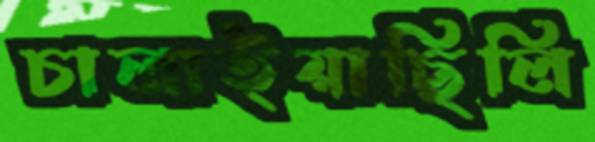
চালাইয়াছিলি